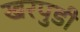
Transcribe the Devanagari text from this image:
खरपुडी